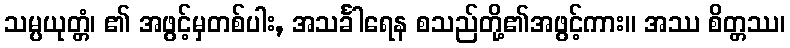
သမ္ပယုတ္တံ၊ ၏ အဖွင့်မှတစ်ပါး, အသင်္ခါရေန စသည်တို့၏အဖွင့်ကား။ အဿ စိတ္တဿ၊